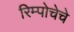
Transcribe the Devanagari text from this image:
रिम्पोचेचे